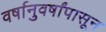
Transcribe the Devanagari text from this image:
वर्षानुवर्षांपासून